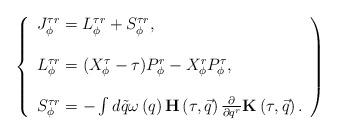
LaTeX: \begin{align*}\left\{\begin{array}{l}J_{\phi}^{\tau r}=L_{\phi}^{\tau r}+S_{\phi}^{\tau r}, \\\\L_{\phi}^{\tau r}=(X_{\phi}^\tau -\tau )P_{\phi}^r-X_{\phi}^rP_{\phi}^\tau , \\\\S_{\phi}^{\tau r}=-\int d\tilde q\omega \left( q\right) {\bf H}\left( \tau ,\vec q\right) \frac \partial {\partial q^r}{\bf K}\left( \tau ,\vec q\right) .\end{array}\right)\end{align*}